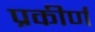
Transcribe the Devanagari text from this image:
प्रकीर्णं